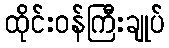
ထိုင်းဝန်ကြီးချုပ်